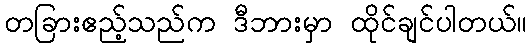
တခြားဧည့်သည်က ဒီဘားမှာ ထိုင်ချင်ပါတယ်။